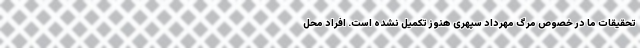
تحقیقات ما در خصوص مرگ مهرداد سپهری هنوز تکمیل نشده است. افراد محل